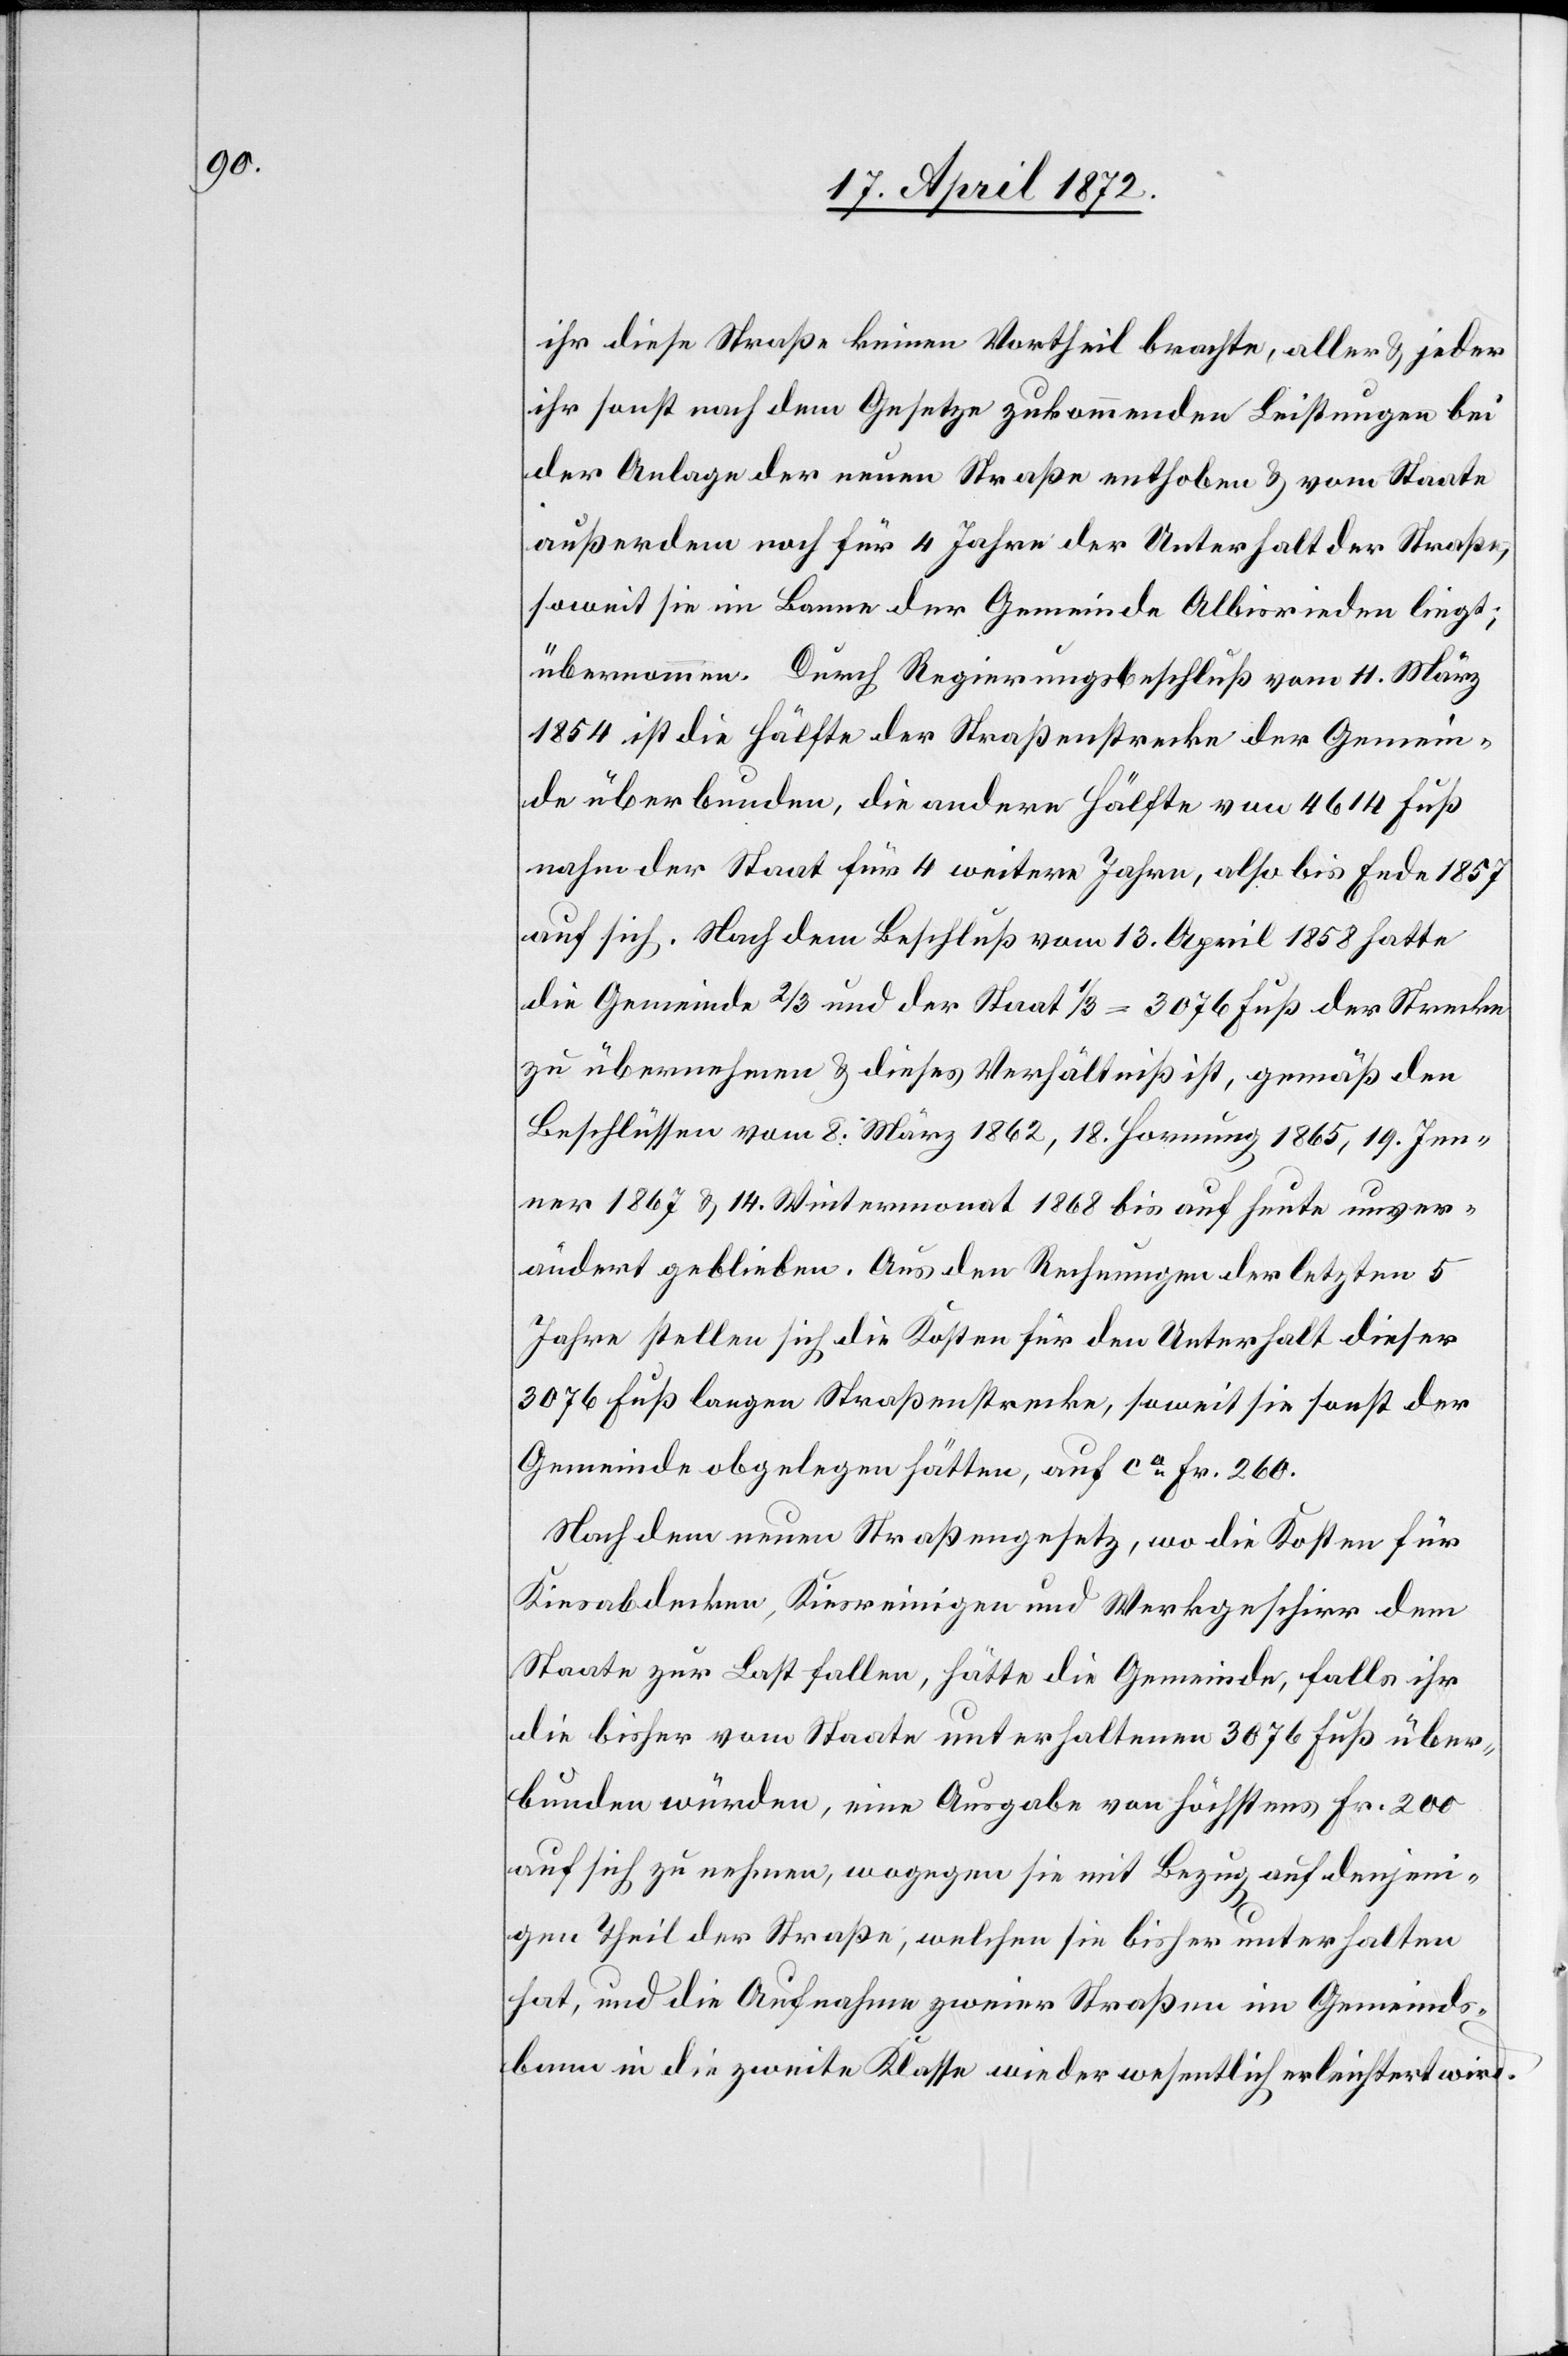
ihr diese Straße keinen Vortheil brachte, aller u. jeder
ihr sonst nach dem Gesetze zukommenden Leistungen bei
der Anlage der neuen Straße enthoben u. vom Staate
außerdem noch für 4 Jahre der Unterhalt der Straße,
soweit sie im Banne der Gemeinde Albisrieden liegt;
übernommen. Durch Regierungsbeschluß vom 11. März
1854 ist die Hälfte der Straßenstrecke der Gemein¬
de überbunden, die andere Hälfte von 4614 Fuß
nahm der Staat für 4 weitere Jahre, also bis Ende 1857
auf sich. Nach dem Beschluß vom 13. April 1858 hatte
die Gemeinde 2/3 und der Staat 1/3 = 3076 Fuß der Strecke
zu übernehmen u. dieses Verhältniß ist, gemäß den
Beschlüssen vom 8. März 1862, 18. Hornung 1865, 19. Jen¬
ner 1867 u. 14. Wintermonat 1868 bis auf heute unver¬
ändert geblieben. Aus den Rechnungen der letzten 5
Jahre stellen sich die Kosten für den Unterhalt dieser
3076 Fuß langen Straßenstrecke, soweit sie sonst der
Gemeinde obgelegen hätten, auf ca Fr. 260.
Nach dem neuen Straßengesetz, wo die Kosten für
Kiesabdecken, Kiesreinigen und Werkgeschirr dem
Staate zur Last fallen, hätte die Gemeinde, falls ihr
die bisher vom Staate unterhaltenen 3076 Fuß über¬
bunden würden, eine Ausgabe von höchstens Fr. 200
auf sich zu nehmen, wogegen sie mit Bezug auf denjeni¬
gen Theil der Straße, welchen sie bisher unterhalten
hat, und die Aufnahme zweier Straßen im Gemeinds¬
bann in die zweite Klasse wieder wesentlich erleichtert wird.